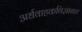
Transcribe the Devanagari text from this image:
अर्धवाहकविज्ञानात